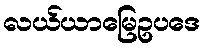
လယ်ယာမြေဥပဒေ